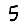
Digit: 5